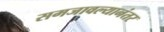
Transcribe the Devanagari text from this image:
समजावल्यानंतर